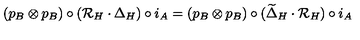
( p _ { B } \otimes p _ { B } ) \circ ( { \cal R } _ { H } \cdot \Delta _ { H } ) \circ i _ { A } = ( p _ { B } \otimes p _ { B } ) \circ ( \widetilde \Delta _ { H } \cdot { \cal R } _ { H } ) \circ i _ { A }